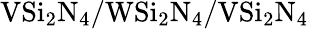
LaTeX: \mathrm{VSi_{2}N_{4}/WSi_{2}N_{4}/VSi_{2}N_{4}}